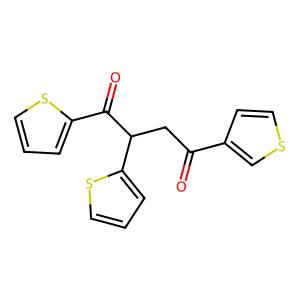
SMILES: O=C(CC(C(=O)c1cccs1)c1cccs1)c1ccsc1
Inhibits HIV replication: No